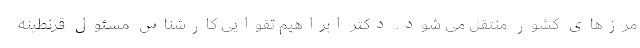
مرزهای کشور منتقل می شود. دکتر ابراهیم تقوایی کارشناس مسئول قرنطینه